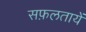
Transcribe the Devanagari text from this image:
सफ़लतायें